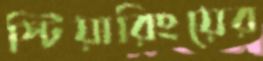
স্টিয়ারিংয়ের